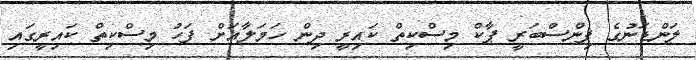
ލަންޑަނުގެ ފިންސްބަރީ ޕާކް މިސްކިތް ކައިރީ ދިން ހަމަލާއަށް ފަހު މިސްކިތް ކައިރީގައި